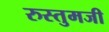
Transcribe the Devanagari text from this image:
रुस्तुमजी